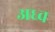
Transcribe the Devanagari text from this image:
अध्व